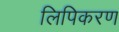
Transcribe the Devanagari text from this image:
लिपिकरण